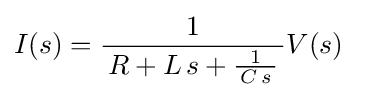
I(s)={\frac {1}{\,R+L\,s+{\frac {1}{\,C\,s\,}}\,}}V(s)\;